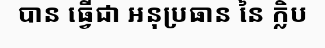
បាន ធ្វើជា អនុប្រធាន នៃ ក្លិប